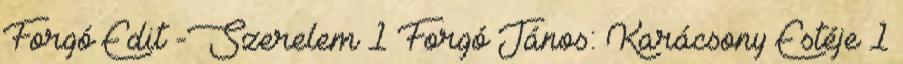
Forgó Edit -Szerelem 1 Forgó János: Karácsony Estéje 1